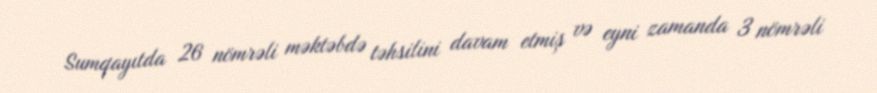
Sumqayıtda 26 nömrəli məktəbdə təhsilini davam etmiş və eyni zamanda 3 nömrəli